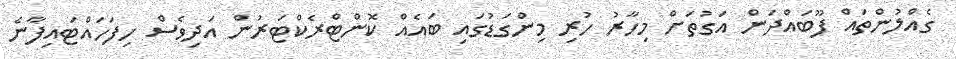
ގެއްލުންތައް ފޫބައްދަން އަގުތަށް މިހާރު ހުރި މިންގަޑުގައި ބައެއް ކޮންޓްރެކްޓަރުން އަދިވެސް ހިފަހައްޓައިފާނެ